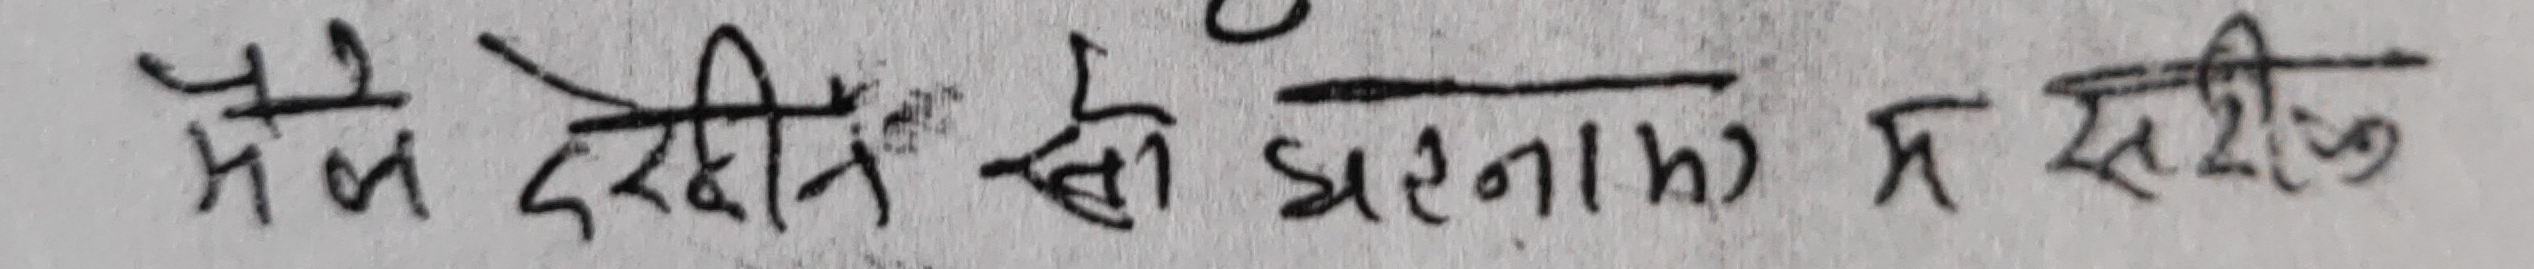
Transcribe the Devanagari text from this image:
मैं देखीन खै धरनाका प्र सही थियो